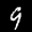
Label: 9